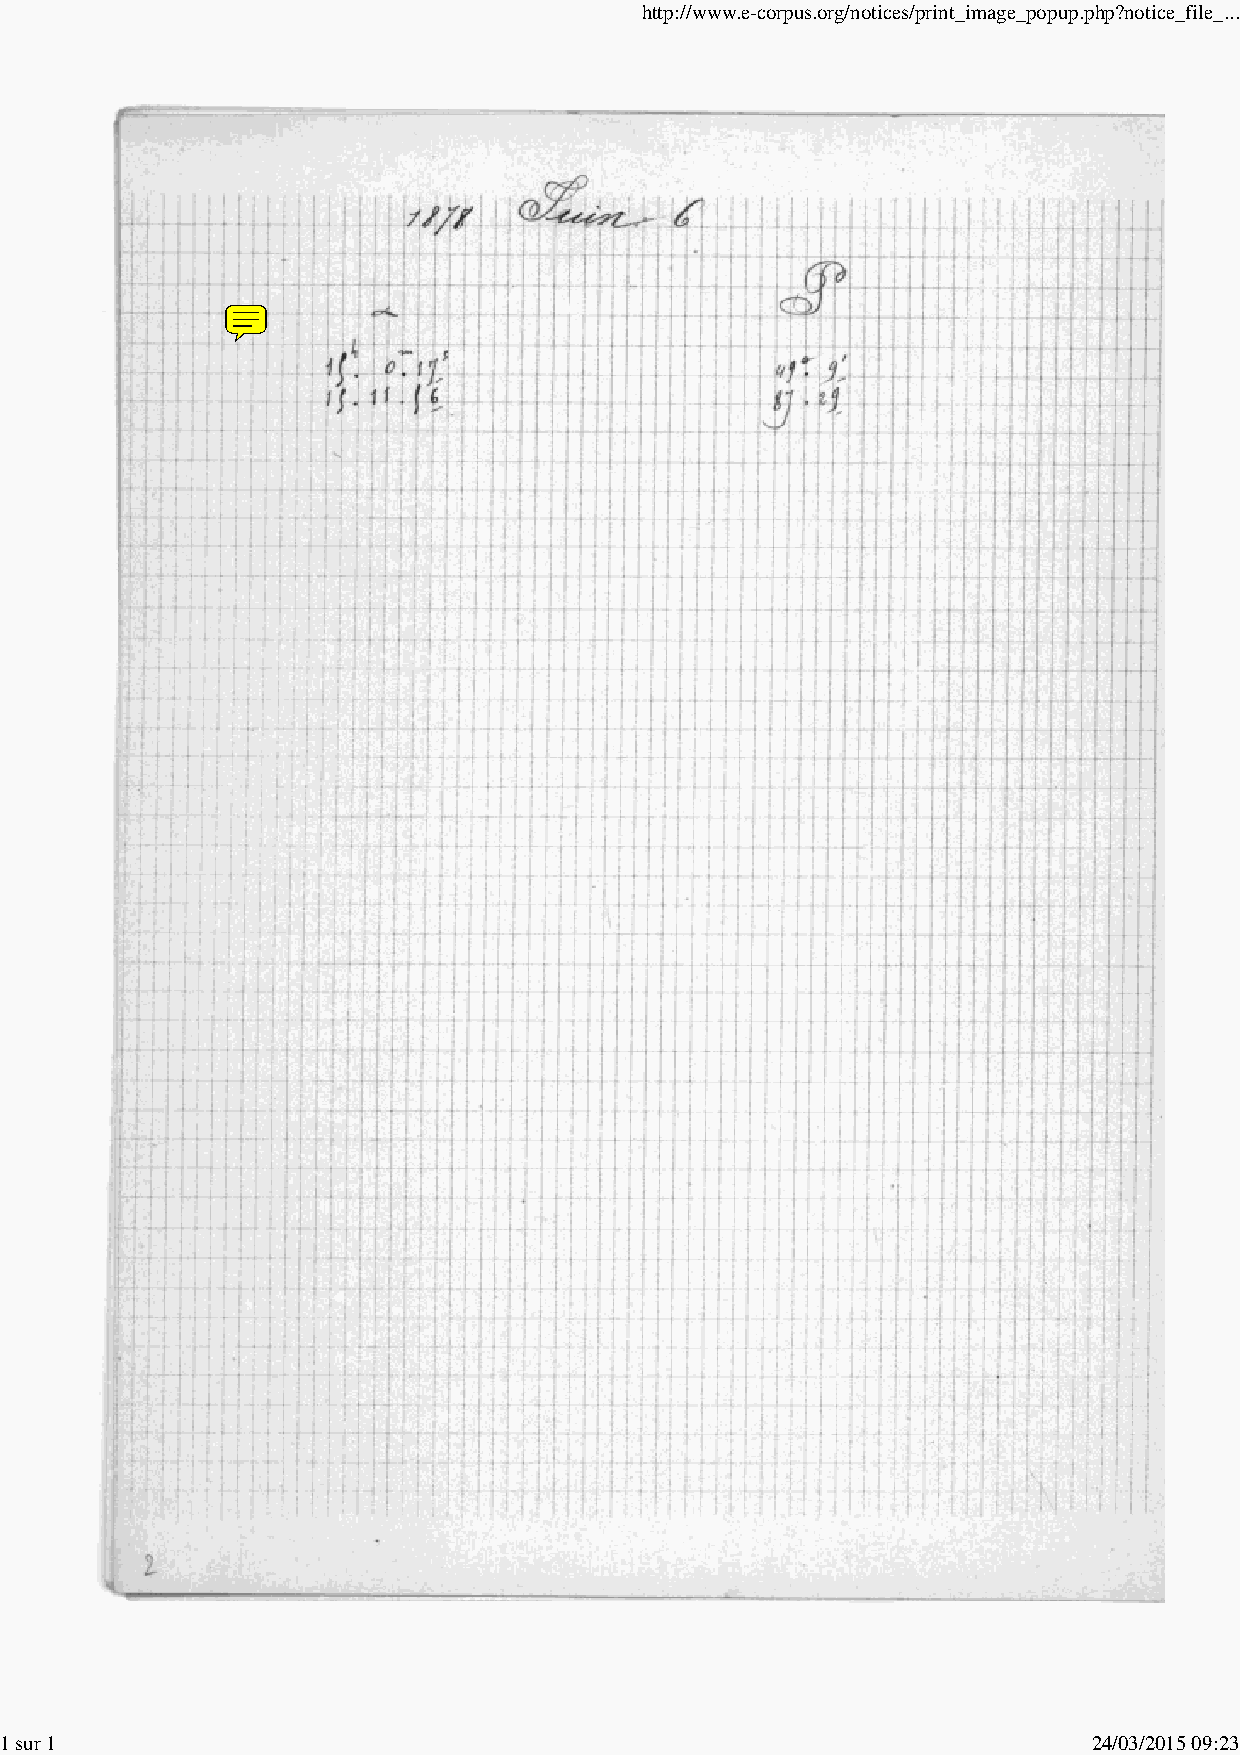
http://www.e-corpus.org/notices/print_image_popup.php?notice_file_...
 1 sur 1                                                                 24/03/2015 09:23